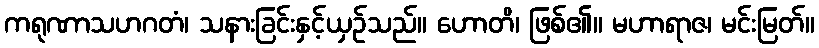
ကရုဏာသဟဂတံ၊ သနားခြင်းနှင့်ယှဉ်သည်။ ဟောတိ၊ ဖြစ်၏။ မဟာရာဇ၊ မင်းမြတ်။